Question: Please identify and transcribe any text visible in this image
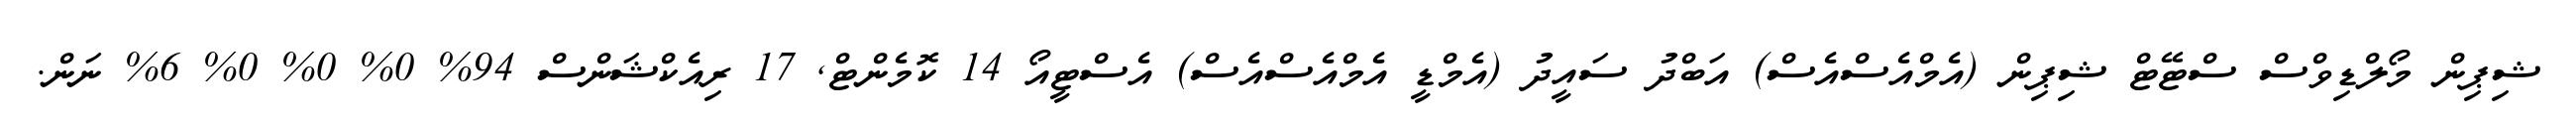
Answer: ޝިޕިން މޯލްޑިވްސް ސްޓޭޓް ޝިޕިން (އެމްއެސްއެސް) އަބްދު ސައީދު (އެމްޑީ އެމްއެސްއެސް) އެސްޓީއޯ 14 ކޮމެންޓް, 17 ރިއެކްޝަންސް 94% 0% 0% 0% 6% ނަން.